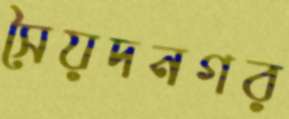
সৈয়দনগর